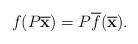
LaTeX: \begin{align*}f(P\overline{\mathbf{x}})=P\overline{f}(\overline{\mathbf{x}}).\end{align*}